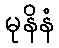
မုနိနံ